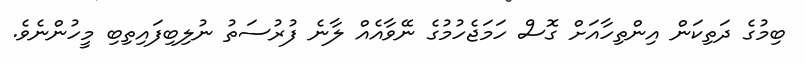
ބިމުގެ ދަތިކަން އިންތިހާއަށް ގޮސް ހަމަޖެހުމުގެ ނޭވާއެއް ލާނެ ފުރުސަތު ނުލިބިފައިތިބި މީހުންނެވެ.